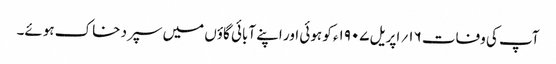
آپ کی وفات ۱۶؍ اپریل ۱۹۰۷ء کو ہوئی اور اپنے آبائی گاؤں میں سپرد خاک ہوئے۔